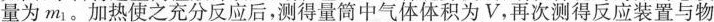
量为m_{1}。加热使之充分反应后，测得量筒中气体体积为V，再次测得反应装置与物